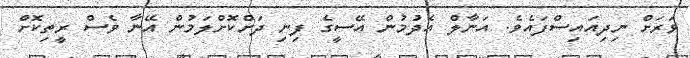
ވަރަށް ނިދިއައިސްފައެވެ. އަނާލް އެދުމުން އޭސީގެ ފިނި ދަށްކޮށްލަމުން އޭނާ ވެސް ރީތިކޮށް